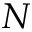
N